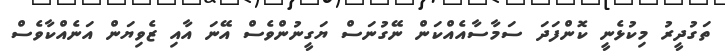
ތަގުދީރު މިކުޅެނީ ކޮންފަދަ ސަމާސާއެއްކަން ނޭގުނަސް ޔަގީނުންވެސް އޭނަ އާއި ޒެވިޔަން އަނެއްކާވެސް